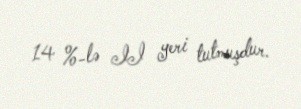
14 %-lə II yeri tutmuşdur.